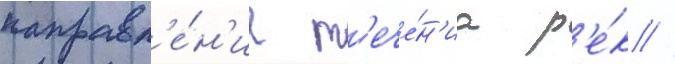
направл'е́н'ие т'ече́н'иа р'е́к //